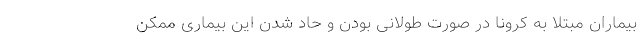
بیماران مبتلا به کرونا در صورت طولانی بودن و حاد شدن این بیماری ممکن